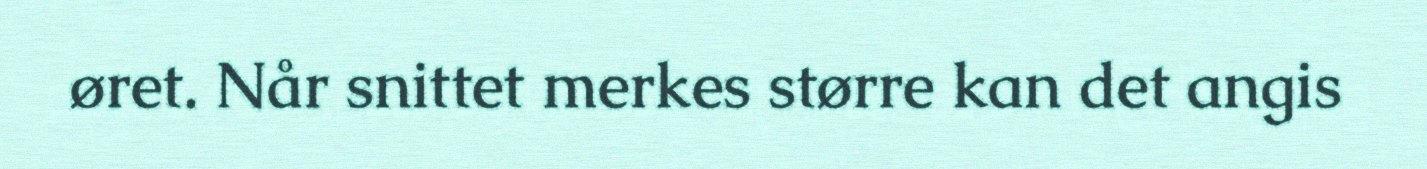
øret. Når snittet merkes større kan det angis